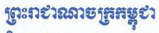
ព្រះរាជាណាចក្រកម្ពុជា